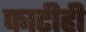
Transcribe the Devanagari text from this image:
फाटीही